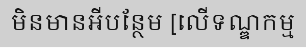
មិនមានអីបន្ថែម [លើទណ្ឌកម្ម